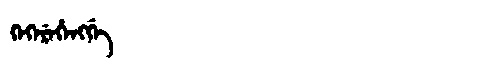
Manchu: ᡴᡝᡴᡝᡵᡝᡥᡝᠩᡤᡝ
Romanization: KEKEREHENGGE